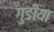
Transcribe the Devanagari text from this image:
गुङीया